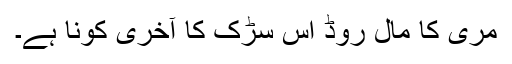
مری کا مال روڈ اس سڑک کا آخری کونا ہے۔